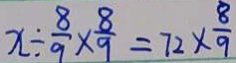
x \div \frac { 8 } { 9 } \times \frac { 8 } { 9 } = 7 2 \times \frac { 8 } { 9 }